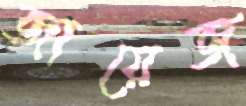
জায়েজ